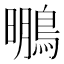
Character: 䳟